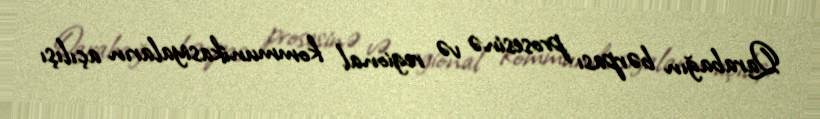
Qarabağın bərpası prosesinə və regional kommunikasiyaların açılışı